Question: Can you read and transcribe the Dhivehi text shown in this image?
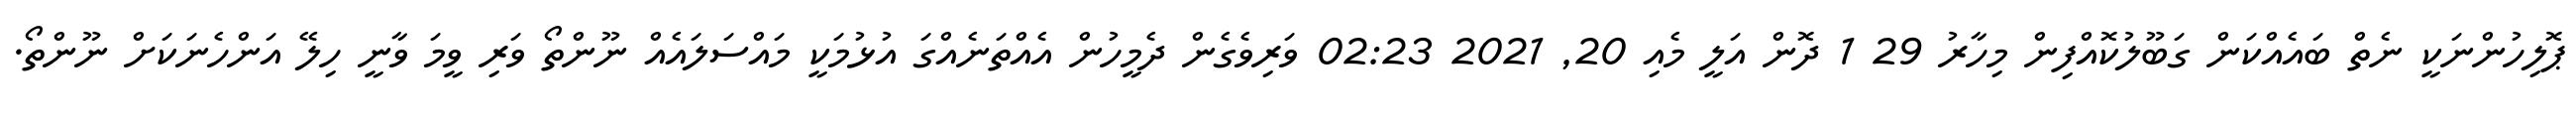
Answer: ޕޮލިހުންނަކީ ނެތް ބައެއްކަން ގަބޫލުކޮއްފިން މިހާރު 29 1 ދޮން އަލީ މެއި 20, 2021 02:23 ވަރިވެގެން ދެމީހުން އެއްތަނެއްގަ އުޅުމަކީ މައްސަލައެއް ނޫންތޯ ވަރި ވީމަ ވާނީ ހިލޭ އަންހެނަކަށް ނޫންތޯ.